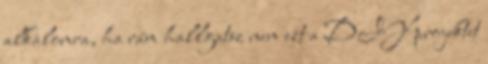
alkalomra, ha rám hallgatsz nem ezt a DIY projektet